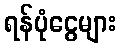
ရန်ပုံငွေများ